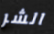
الشر